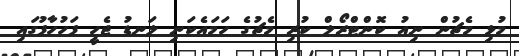
މުޅި މެޗުން ނިއު ކޮންޓްރޯލް ކުރި މެޗުގެ ހަމައެކަނި ލަނޑު ޖެހީ ފަހުހާފުގައި